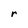
Character: r